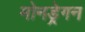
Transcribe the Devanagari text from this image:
मोनड्रेगन